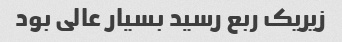
زیریک ربع رسید بسیار عالی بود